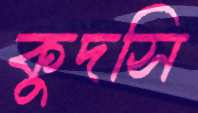
কুদসি